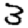
Digit: 3